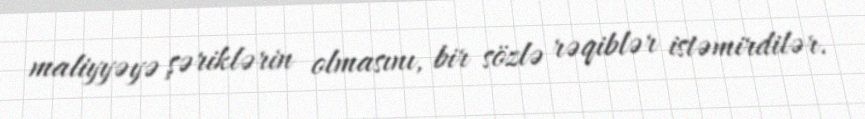
maliyyəyə şəriklərin olmasını, bir sözlə rəqiblər istəmirdilər.